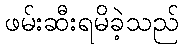
ဖမ်းဆီးရမိခဲ့သည်